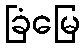
ခြံမြေ